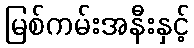
မြစ်ကမ်းအနီးနှင့်